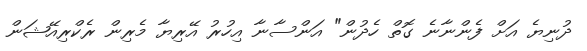
ދުނިޔެ އަށް ފެންނާނެ ގޮތް ހެދުން" އަންސާނާ އިހުރު އޭރިޔާ މެރިން ރެކްރިއޭޝަން